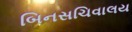
બિનસચિવાલય